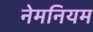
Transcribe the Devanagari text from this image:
नेमनियम